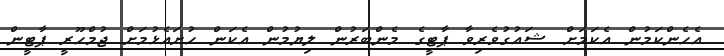
އެހެންކަމުން އެކަމަށް ޝައުގުވެރިވާ ޕާޓީގެ މެންބަރުން ލިޔުމުން އެކަން ހުށައެޅުމަށް ޖުމްހޫރީ ޕާޓީން